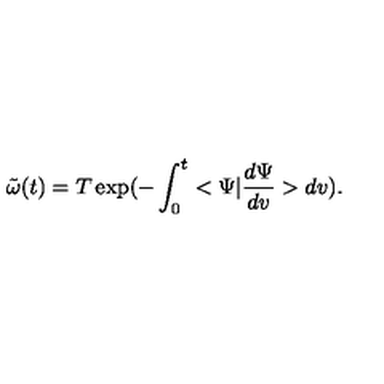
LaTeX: { \tilde { \omega } } ( t ) = T \exp ( { - \int _ { 0 } ^ { t } < \Psi | { \frac { d \Psi } { d v } } > d v } ) .